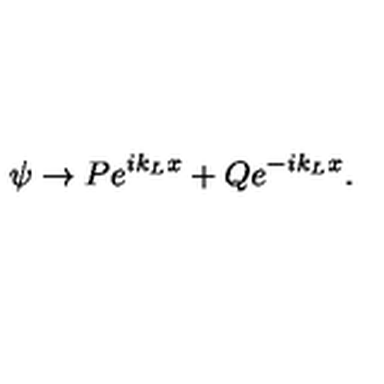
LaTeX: \psi \rightarrow P e ^ { i k _ { L } x } + Q e ^ { - i k _ { L } x } .